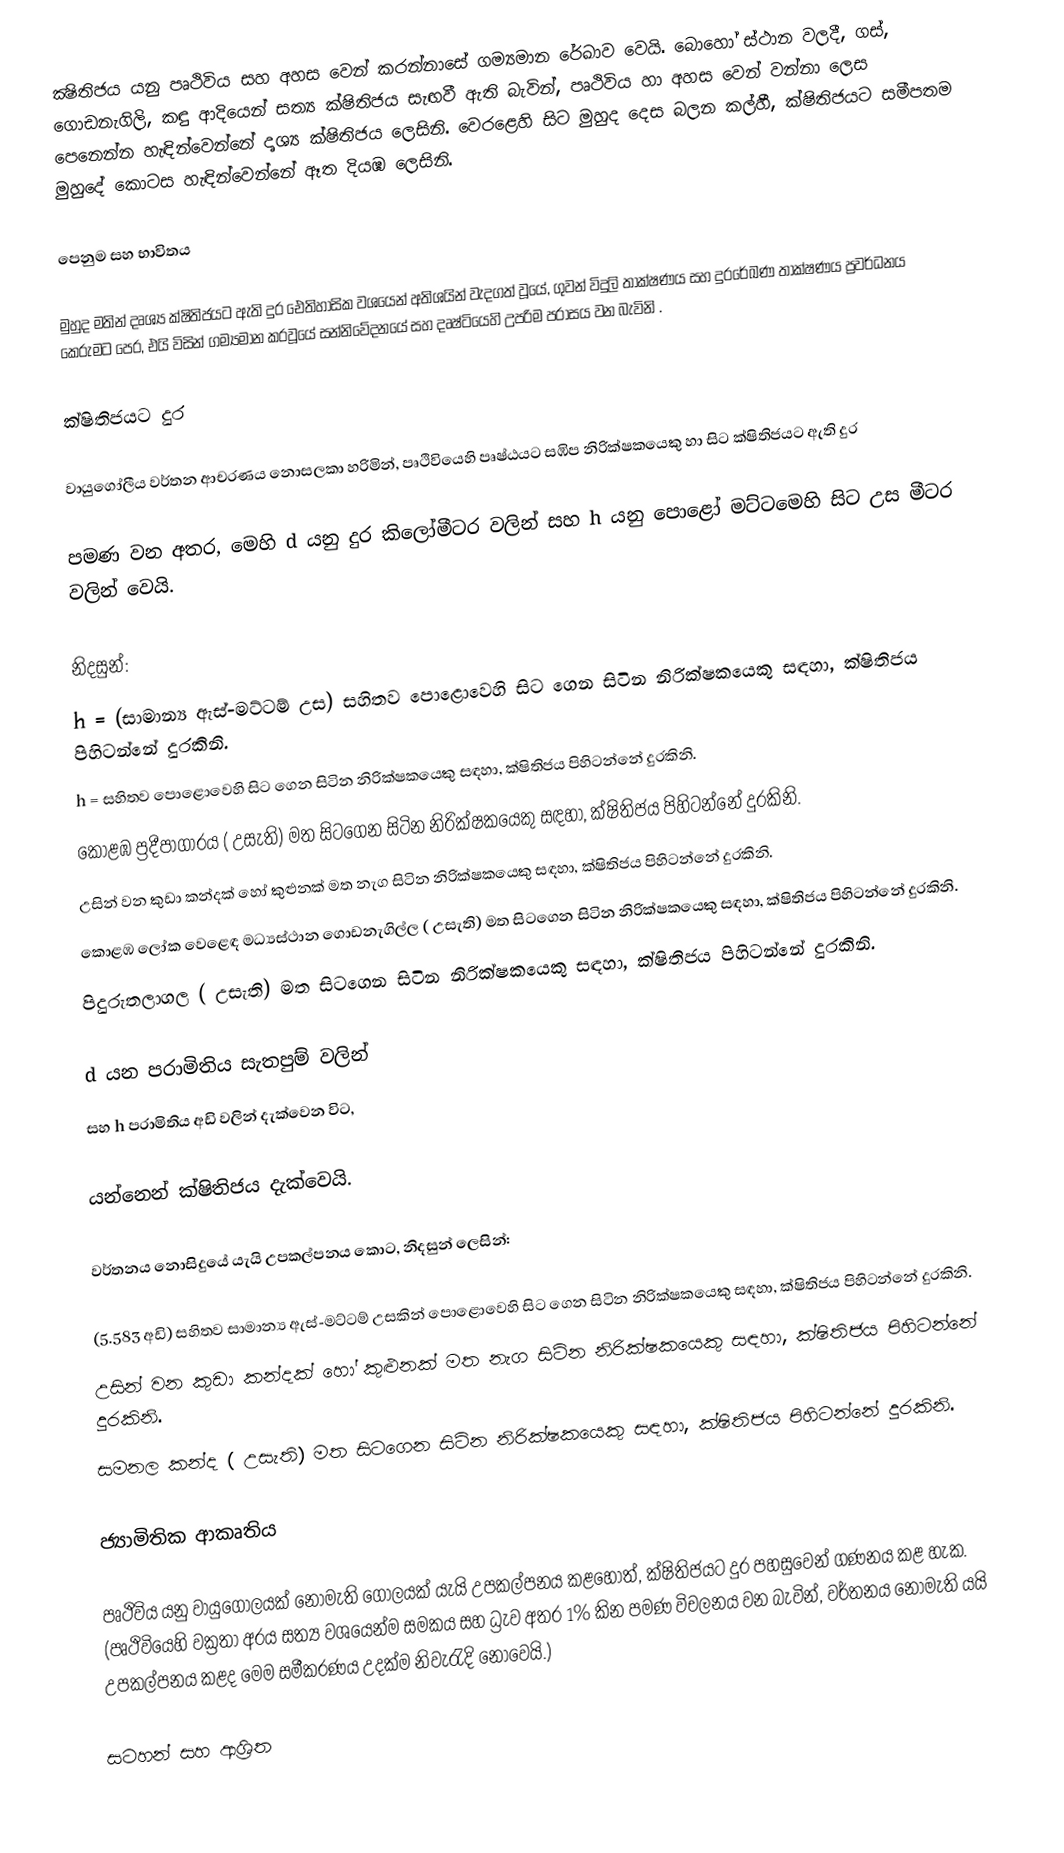
ක්‍ෂිතිජය යනු පෘථිවිය සහ  අහස වෙන් කරන්නාසේ ගම්‍යමාන රේඛාව වෙයි. බොහෝ ස්ථාන වලදී,  ගස්, ගොඩනැගිලි, කඳු ආදියෙන් සත්‍ය ක්ෂිතිජය සැඟවී ඇති බැවින්, පෘථිවිය හා අහස වෙන් වන්නා ලෙස පෙනෙන්න හැඳින්වෙන්නේ දෘශ්‍ය ක්ෂිතිජය ලෙසිනි. වෙරළෙහි සිට මුහුද දෙස බලන කල්හී, ක්ෂිතිජයට සමීපතම මුහුදේ කොටස හැඳින්වෙන්නේ ඈත දියඹ ලෙසිනි.

පෙනුම සහ භාවිතය

මුහුද මතින් දෘශ්‍ය ක්ෂිතිජයට  ඇති දුර ඓතිහාසික වශයෙන් අතිශයින් වැදගත් වූයේ, ගුවන් විදුලි තාක්ෂණය සහ දුරරේඛණ තාක්ෂණය ප්‍රවර්ධනය කෙරුමට පෙර, එයි විසින් ගම්‍යමාන කරවූයේ සන්නිවේදනයේ සහ දෘෂ්ටියෙහි උපරිම පරාසය වන බැවිනි .

ක්ෂිතිජයට දුර

වායුගෝලීය වර්තන ආචරණය නොසලකා හරිමින්, පෘථිවියෙහි පෘෂ්ඨයට සඹිප නිරික්ෂකයෙකු හා සිට ක්ෂිතිජයට ඇති දුර

පමණ වන අතර, මෙහි d යනු දුර කිලෝමීටර වලින් සහ h යනු පොළෝ මට්ටමෙහි සිට උස මීටර වලින් වෙයි.

නිදසුන්:
 h =  (සාමාන්‍ය ඇස්-මට්ටම් උස) සහිතව පොළොවෙහි සිට ගෙන සිටින නිරික්ෂකයෙකු සඳහා, ක්ෂිතිජය පිහිටන්නේ   දුරකිනි.
 h = සහිතව පොළොවෙහි සිට ගෙන සිටින නිරික්ෂකයෙකු සඳහා, ක්ෂිතිජය පිහිටන්නේ   දුරකිනි.
 කොළඹ ප්‍රදීපාගාරය ( උසැති) මත සිටගෙන සිටින නිරික්ෂකයෙකු සඳහා, ක්ෂිතිජය පිහිටන්නේ  දුරකිනි.
උසින්   වන කුඩා කන්දක් හෝ කුළුනක් මත නැග සිටින  නිරික්ෂකයෙකු සඳහා, ක්ෂිතිජය පිහිටන්නේ   දුරකිනි.
 කොළඹ ලෝක වෙළෙඳ මධ්‍යස්ථාන ගොඩනැගිල්ල ( උසැති) මත සිටගෙන සිටින නිරික්ෂකයෙකු සඳහා, ක්ෂිතිජය පිහිටන්නේ  දුරකිනි.
 පිදුරුතලාගල ( උසැති) මත සිටගෙන සිටින නිරික්ෂකයෙකු සඳහා, ක්ෂිතිජය පිහිටන්නේ  දුරකිනි.

d යන පරාමිතිය සැතපුම් වලින්
සහ h පරාමිතිය අඩි වලින් දැක්වෙන විට,

යන්නෙන් ක්ෂිතිජය දැක්වෙයි.

වර්තනය නොසිදුයේ යැයි උපකල්පනය කොට, නිදසුන් ලෙසින්:

  (5.583 අඩි) සහිතව සාමාන්‍ය ඇස්-මට්ටම් උසකින් පොළොවෙහි සිට ගෙන සිටින නිරික්ෂකයෙකු සඳහා, ක්ෂිතිජය පිහිටන්නේ   දුරකිනි.
උසින්   වන කුඩා කන්දක් හෝ කුළුනක් මත නැග සිටින  නිරික්ෂකයෙකු සඳහා, ක්ෂිතිජය පිහිටන්නේ   දුරකිනි.
 සමනල කන්ද ( උසැති) මත සිටගෙන සිටින නිරික්ෂකයෙකු සඳහා, ක්ෂිතිජය පිහිටන්නේ  දුරකිනි.

ජ්‍යාමිතික ආකෘතිය

පෘථිවිය යනු වායුගෝලයක් නොමැති ගෝලයක් යැයි උපකල්පනය කළහොත්, ක්ෂිතිජයට දුර පහසුවෙන් ගණනය කළ හැක. (පෘථිවියෙහි වක්‍රතා අරය සත්‍ය වශයෙන්ම සමකය සහ ධ්‍රැව අතර 1% කින පමණ විචලනය වන බැවින්, වර්තනය නොමැති යයි උපකල්පනය කළද මෙම සමීකරණය උදක්ම නිවැරැදි නොවෙයි.)

සටහන් සහ ආශ්‍රිත